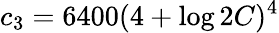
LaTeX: c_{3}=6400(4+\log 2C)^{4}